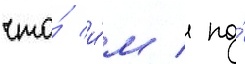
что́ и́м / по́